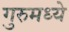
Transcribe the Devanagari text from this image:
गुरुमध्ये